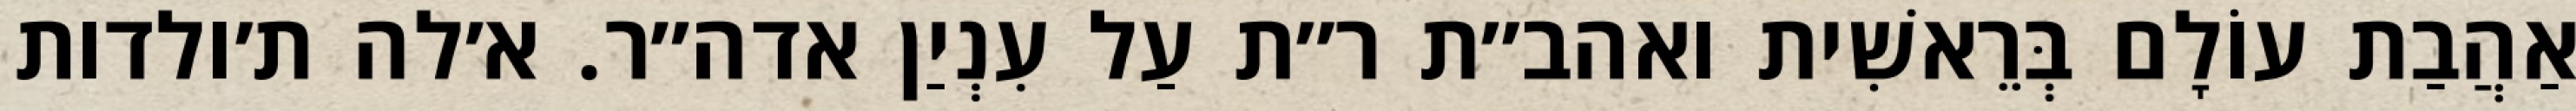
אַהֲבַת עוֹלָם בְּרֵאשִׁית ואהב״ת ר״ת עַל עִנְיַן אדה״ר. א׳לה ת׳ולדות